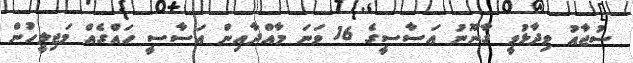
ސުޖާއު ވިދާޅުވީ ގާނޫނު އަސާސީގެ 16 ވަނަ މާއްދާއިން އަސާސީ ހައްގެއް މަޖިލީހުން